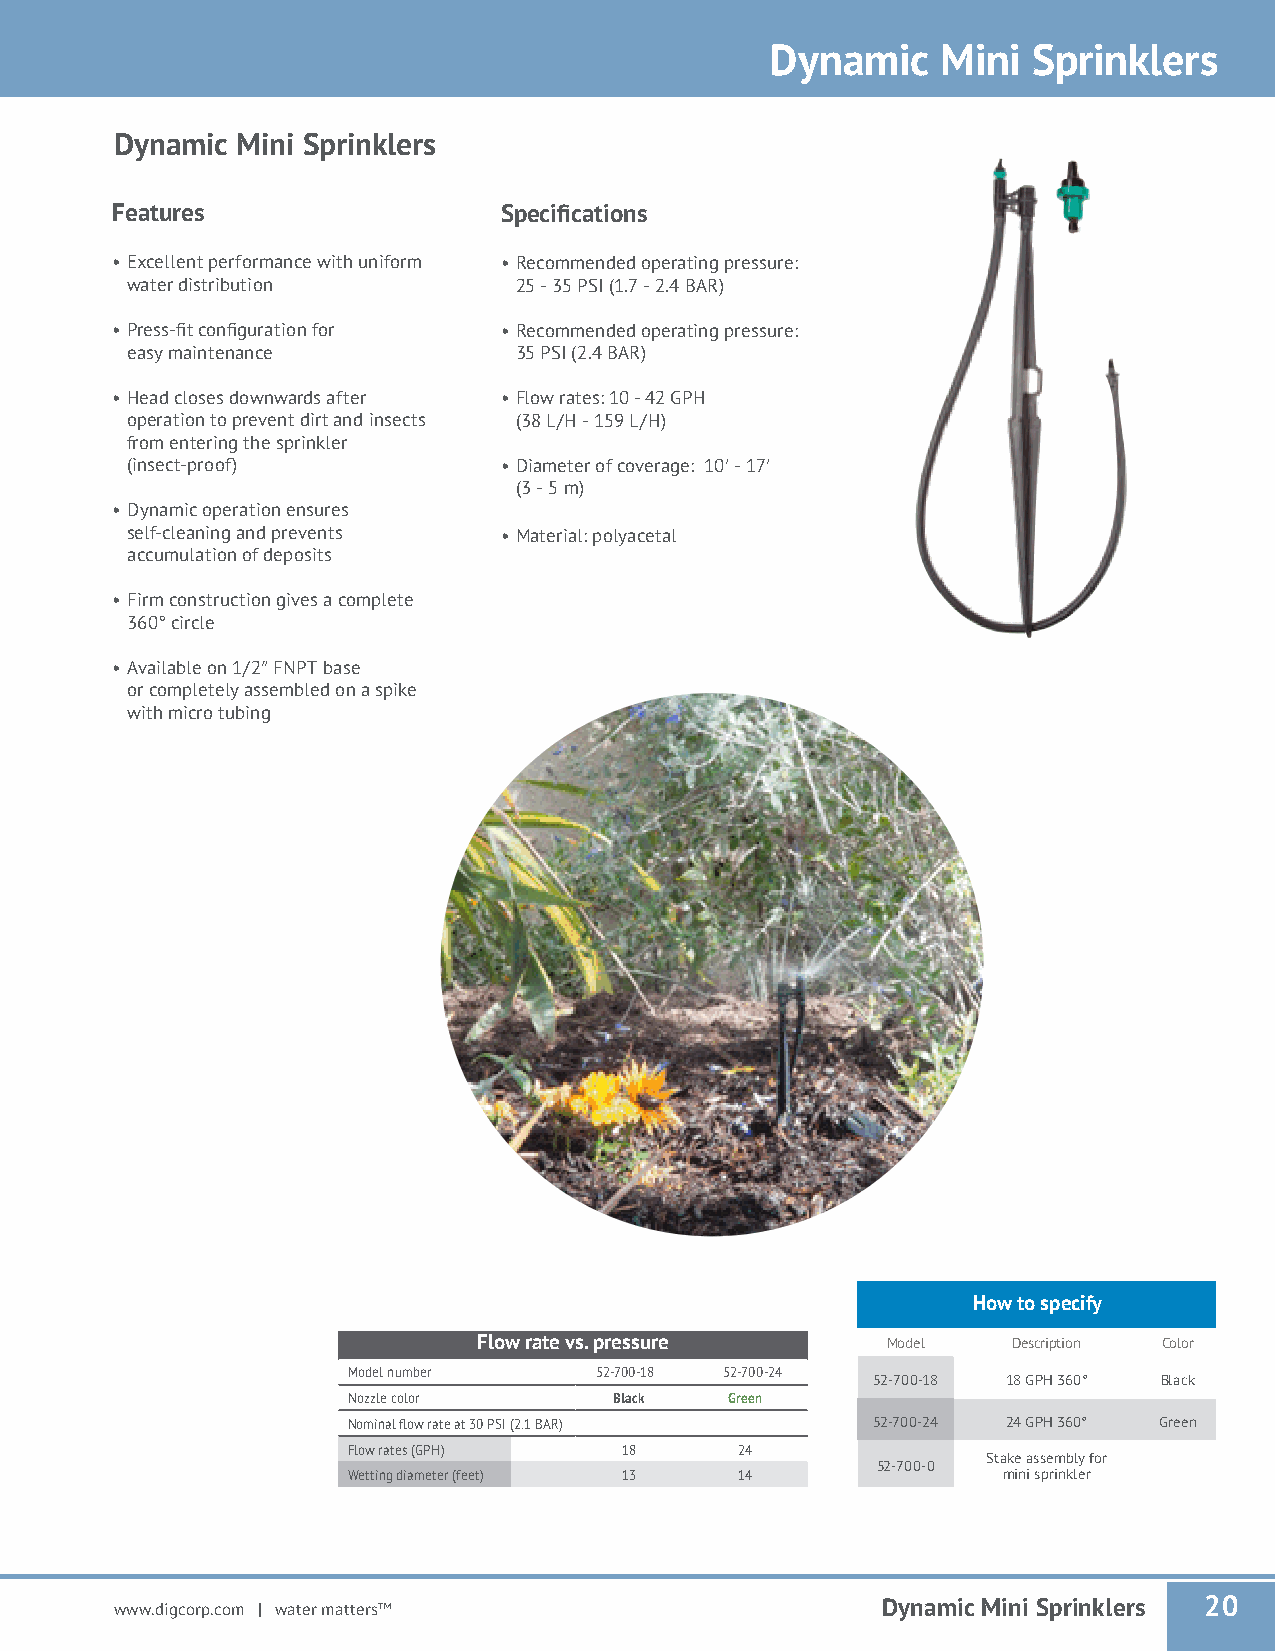
Dynamic    Mini  Sprinklers
 Dynamic Mini Sprinklers
 Features                  Specifications
 • Excellent performance with uniform • Recommended operating pressure:
 water distribution        25 - 35 PSI (1.7 - 2.4 BAR)
 • Press-fit configuration for • Recommended operating pressure:
 easy maintenance          35 PSI (2.4 BAR)
 • Head closes downwards after • Flow rates: 10 - 42 GPH
 operation to prevent dirt and insects (38 L/H - 159 L/H)
 from entering the sprinkler
 (insect-proof)           • Diameter of coverage: 10′ - 17′
 (3 - 5 m)
 • Dynamic operation ensures
 self-cleaning and prevents • Material: polyacetal
 accumulation of deposits
 • Firm construction gives a complete
 360° circle
 • Available on 1/2″ FNPT base
 or completely assembled on a spike
 with micro tubing
 Features
 How to specify
 Flow rate vs. pressure     Model   Description Color
 Model number    52-700-18 52-700-24
 52-700-18 18 GPH 360° Black
 Nozzle color      Black  Green
 Nominal flow rate at 30 PSI (2.1 BAR) 52-700-24 24 GPH 360° Green
 Flow rates (GPH)  18      24
 Stake assembly for
 52-700-0
 Wetting diameter (feet) 13 14              mini sprinkler
 www.digcorp.com | water matters™                  Dynamic Mini Sprinklers 20